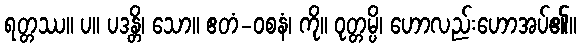
ရတ္တဿ။ ပ။ ပဒန္တိ၊ သော။ ဧတံ-ဝစနံ၊ ကို။ ဝုတ္တမ္ပိ၊ ဟောလည်းဟောအပ်၏။